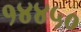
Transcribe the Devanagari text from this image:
१४४५०